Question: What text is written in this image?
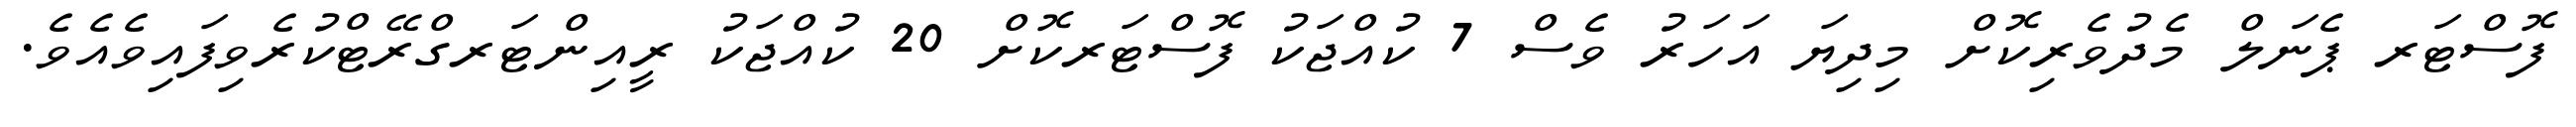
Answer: ފޮސްޓަރ ޕެނަލް މެދުވެރިކޮށް މިދިޔަ އަހަރު ވެސް 7 ކުއްޖަކު ފޮސްޓަރކޮށް 20 ކުއްޖަކު ރީއިންޓަރގްރޭޓްކުރެވިފައިވެއެވެ.